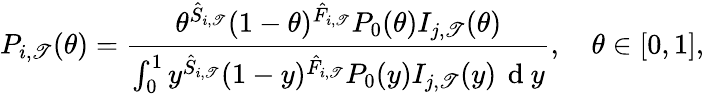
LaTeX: P_{i,\mathscr{T}}(\theta)=\frac{{\theta^{\hat{{S}}_{i,\mathscr{T}}}(1-\theta)^{\hat{{F}}_{i,\mathscr{T}}}P_{0}(\theta)I_{j,\mathscr{T}}(\theta)}}{{\int_{0}^{1}y^{\hat{{S}}_{i,\mathscr{T}}}(1-y)^{\hat{{F}}_{i,\mathscr{T}}}P_{0}(y)I_{j,\mathscr{T}}(y)\, \mathrm{{~d~}}y}},\quad\theta\in[0,1],